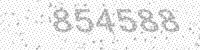
Solution: 854588